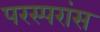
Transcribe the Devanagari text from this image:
परस्परांस